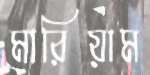
মারিয়াম